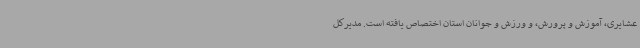
عشایری، آموزش و پرورش، و ورزش و جوانان استان اختصاص یافته است. مدیرکل